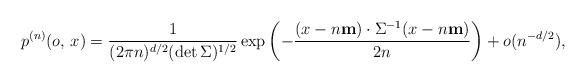
LaTeX: \begin{align*}p^{(n)}(o,\, x)=\frac{1}{(2 \pi n)^{d/2} (\det \Sigma)^{1/2}} \exp \left( - \frac{ (x - n \mathbf{m}) \cdot \Sigma^{-1} (x - n \mathbf{m})}{2n} \right) + o(n^{-d/2}),\end{align*}